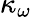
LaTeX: \kappa_{\omega}